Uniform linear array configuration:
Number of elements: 48
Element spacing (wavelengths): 0.75
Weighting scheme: uniform
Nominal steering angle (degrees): -15
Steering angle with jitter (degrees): -15.376
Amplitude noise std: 0.05
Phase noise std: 0.05

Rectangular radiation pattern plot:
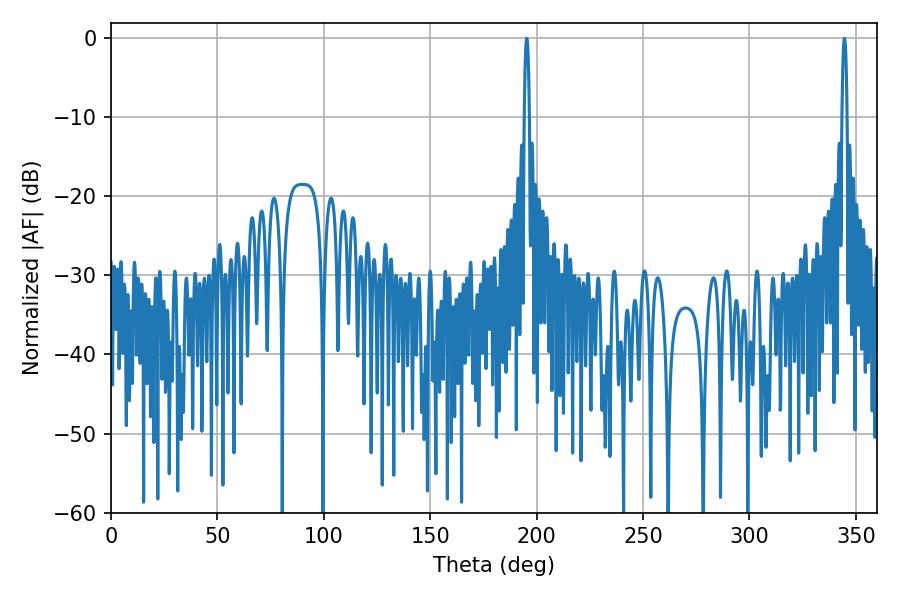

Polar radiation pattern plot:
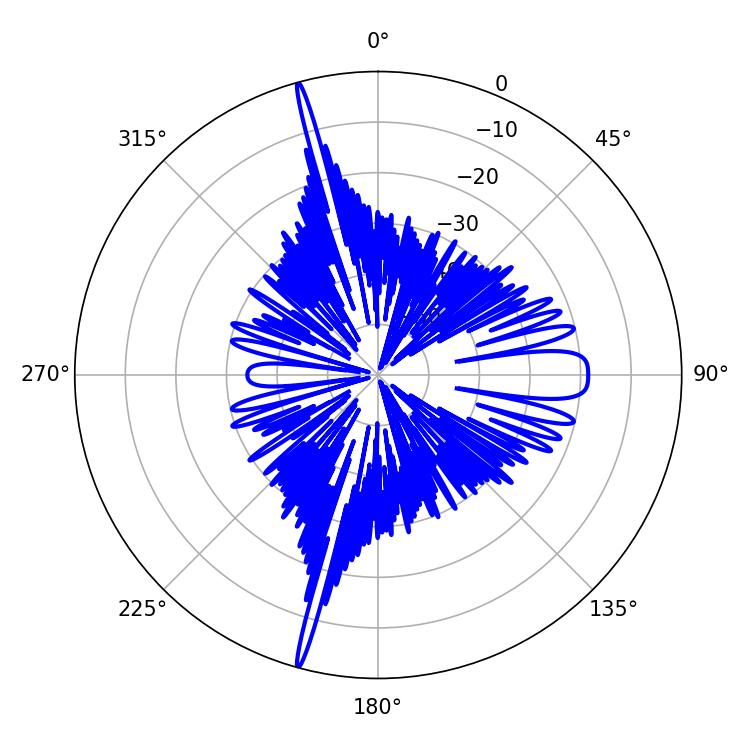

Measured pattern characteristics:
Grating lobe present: TRUE
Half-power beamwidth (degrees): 1.26
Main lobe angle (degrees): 195.3